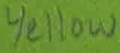
Text: Yellow